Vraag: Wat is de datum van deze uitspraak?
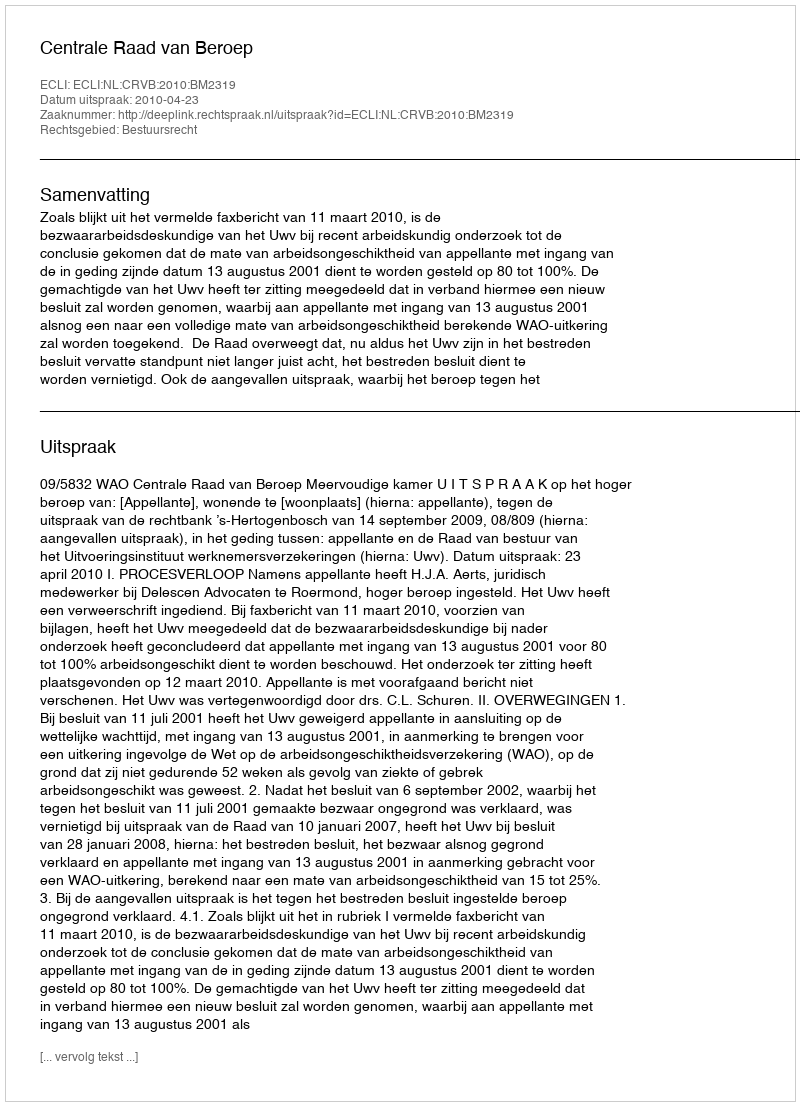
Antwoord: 2010-04-23